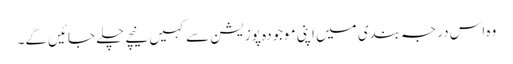
وہ اس درجہ بندی میں اپنی موجودہ پوزیشن سے کہیں نیچے چلے جائیں گے۔